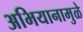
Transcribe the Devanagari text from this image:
अभियानामुळे